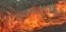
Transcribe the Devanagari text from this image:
सुखलोलुपतेमुळे